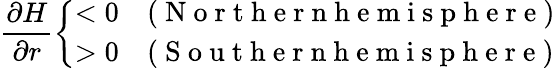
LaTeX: \frac{\partial H}{\partial r}\left\{ {\begin{array}{ll}{<0}&{(\mathrm{~N~o~r~t~h~e~r~n~h~e~m~i~s~p~h~e~r~e~})}\\ {>0}&{(\mathrm{~S~o~u~t~h~e~r~n~h~e~m~i~s~p~h~e~r~e~})}\end{array}}\right.